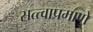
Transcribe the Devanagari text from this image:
सत्त्वाप्रमाणे